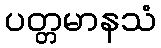
ပတ္တမာနသံ